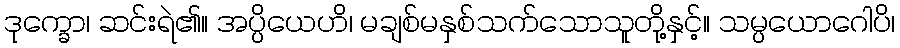
ဒုက္ခော၊ ဆင်းရဲ၏။ အပ္ပိယေဟိ၊ မချစ်မနှစ်သက်သောသူတို့နှင့်။ သမ္ပယောဂေါပိ၊